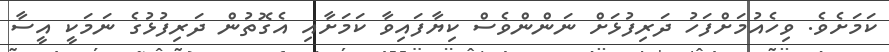
ކަމަށެވެ. ވިހެއުމަށްފަހު ދަރިފުޅަށް ނަންންވެސް ކިޔާފައިވާ ކަމަށާއި އެގޮތުން ދަރިފުޅުގެ ނަމަކީ އީސާ